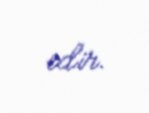
edir.